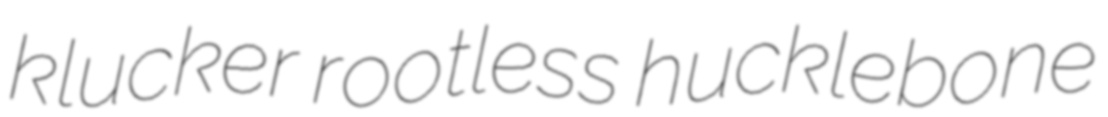
klucker rootless hucklebone